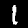
Digit: 1